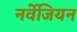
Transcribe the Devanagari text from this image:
नर्वेजियन